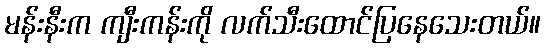
မန်းနီးက ကျီးကန်းကို လက်သီးထောင်ပြနေသေးတယ်။